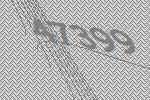
47399